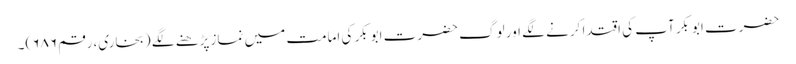
حضرت ابوبکر آپ کی اقتدا کرنے لگے اور لوگ حضرت ابوبکر کی امامت میں نماز پڑھنے لگے (بخاری، رقم ۶۸۶)۔